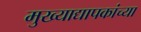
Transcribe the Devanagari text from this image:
मुख्‍याद्यापकांच्‍या